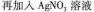
再加入AgNO_{3}溶液